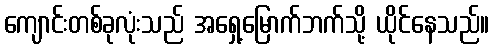
ကျောင်းတစ်ခုလုံးသည် အရှေ့မြောက်ဘက်သို့ ယိုင်နေသည်။